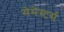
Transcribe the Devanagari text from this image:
सेमेस्टर्स